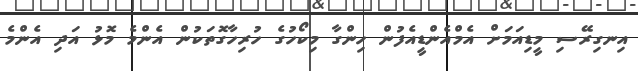
އިނގިރޭސި މީޑިއަމަށް އެމްއެންޑީއެފުން ހިންގާ މިކޯހުގެ ހުރިހާގޮތަކުން އެންމެ މޮޅު އަދި އެންމެ